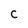
Character: C